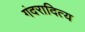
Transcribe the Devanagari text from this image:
गंदरादित्य